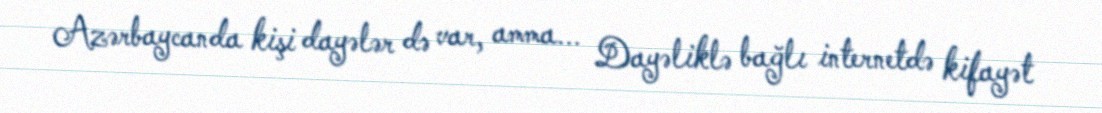
Azərbaycanda kişi dayələr də var, amma... Dayəliklə bağlı internetdə kifayət